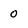
Character: 0